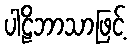
ပါဠိဘာသာဖြင့်